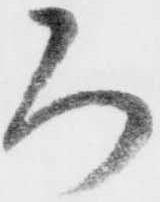
ろ